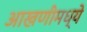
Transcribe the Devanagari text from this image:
आखणीमध्ये